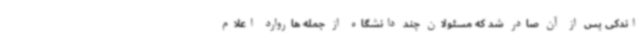
اندکی پس از آن صادر شد که مسئولان چند دانشگاه‌ از جمله هاروارد اعلام